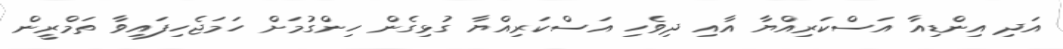
އަދި އިންޑިއާ އަސްކަރިއްޔާ އާއި ދިވެހި އަސްކަރިއްޔާ ގުޅިގެން ހިންގުމަށް ހަމަޖެހިފައިވާ ތަމްރީން